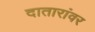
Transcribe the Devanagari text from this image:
दातारांवर